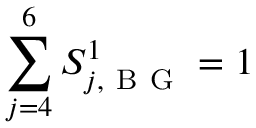
\sum _ { j = 4 } ^ { 6 } S _ { j , \mathrm { ~ B ~ G ~ } } ^ { 1 } = 1